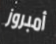
أمبروز